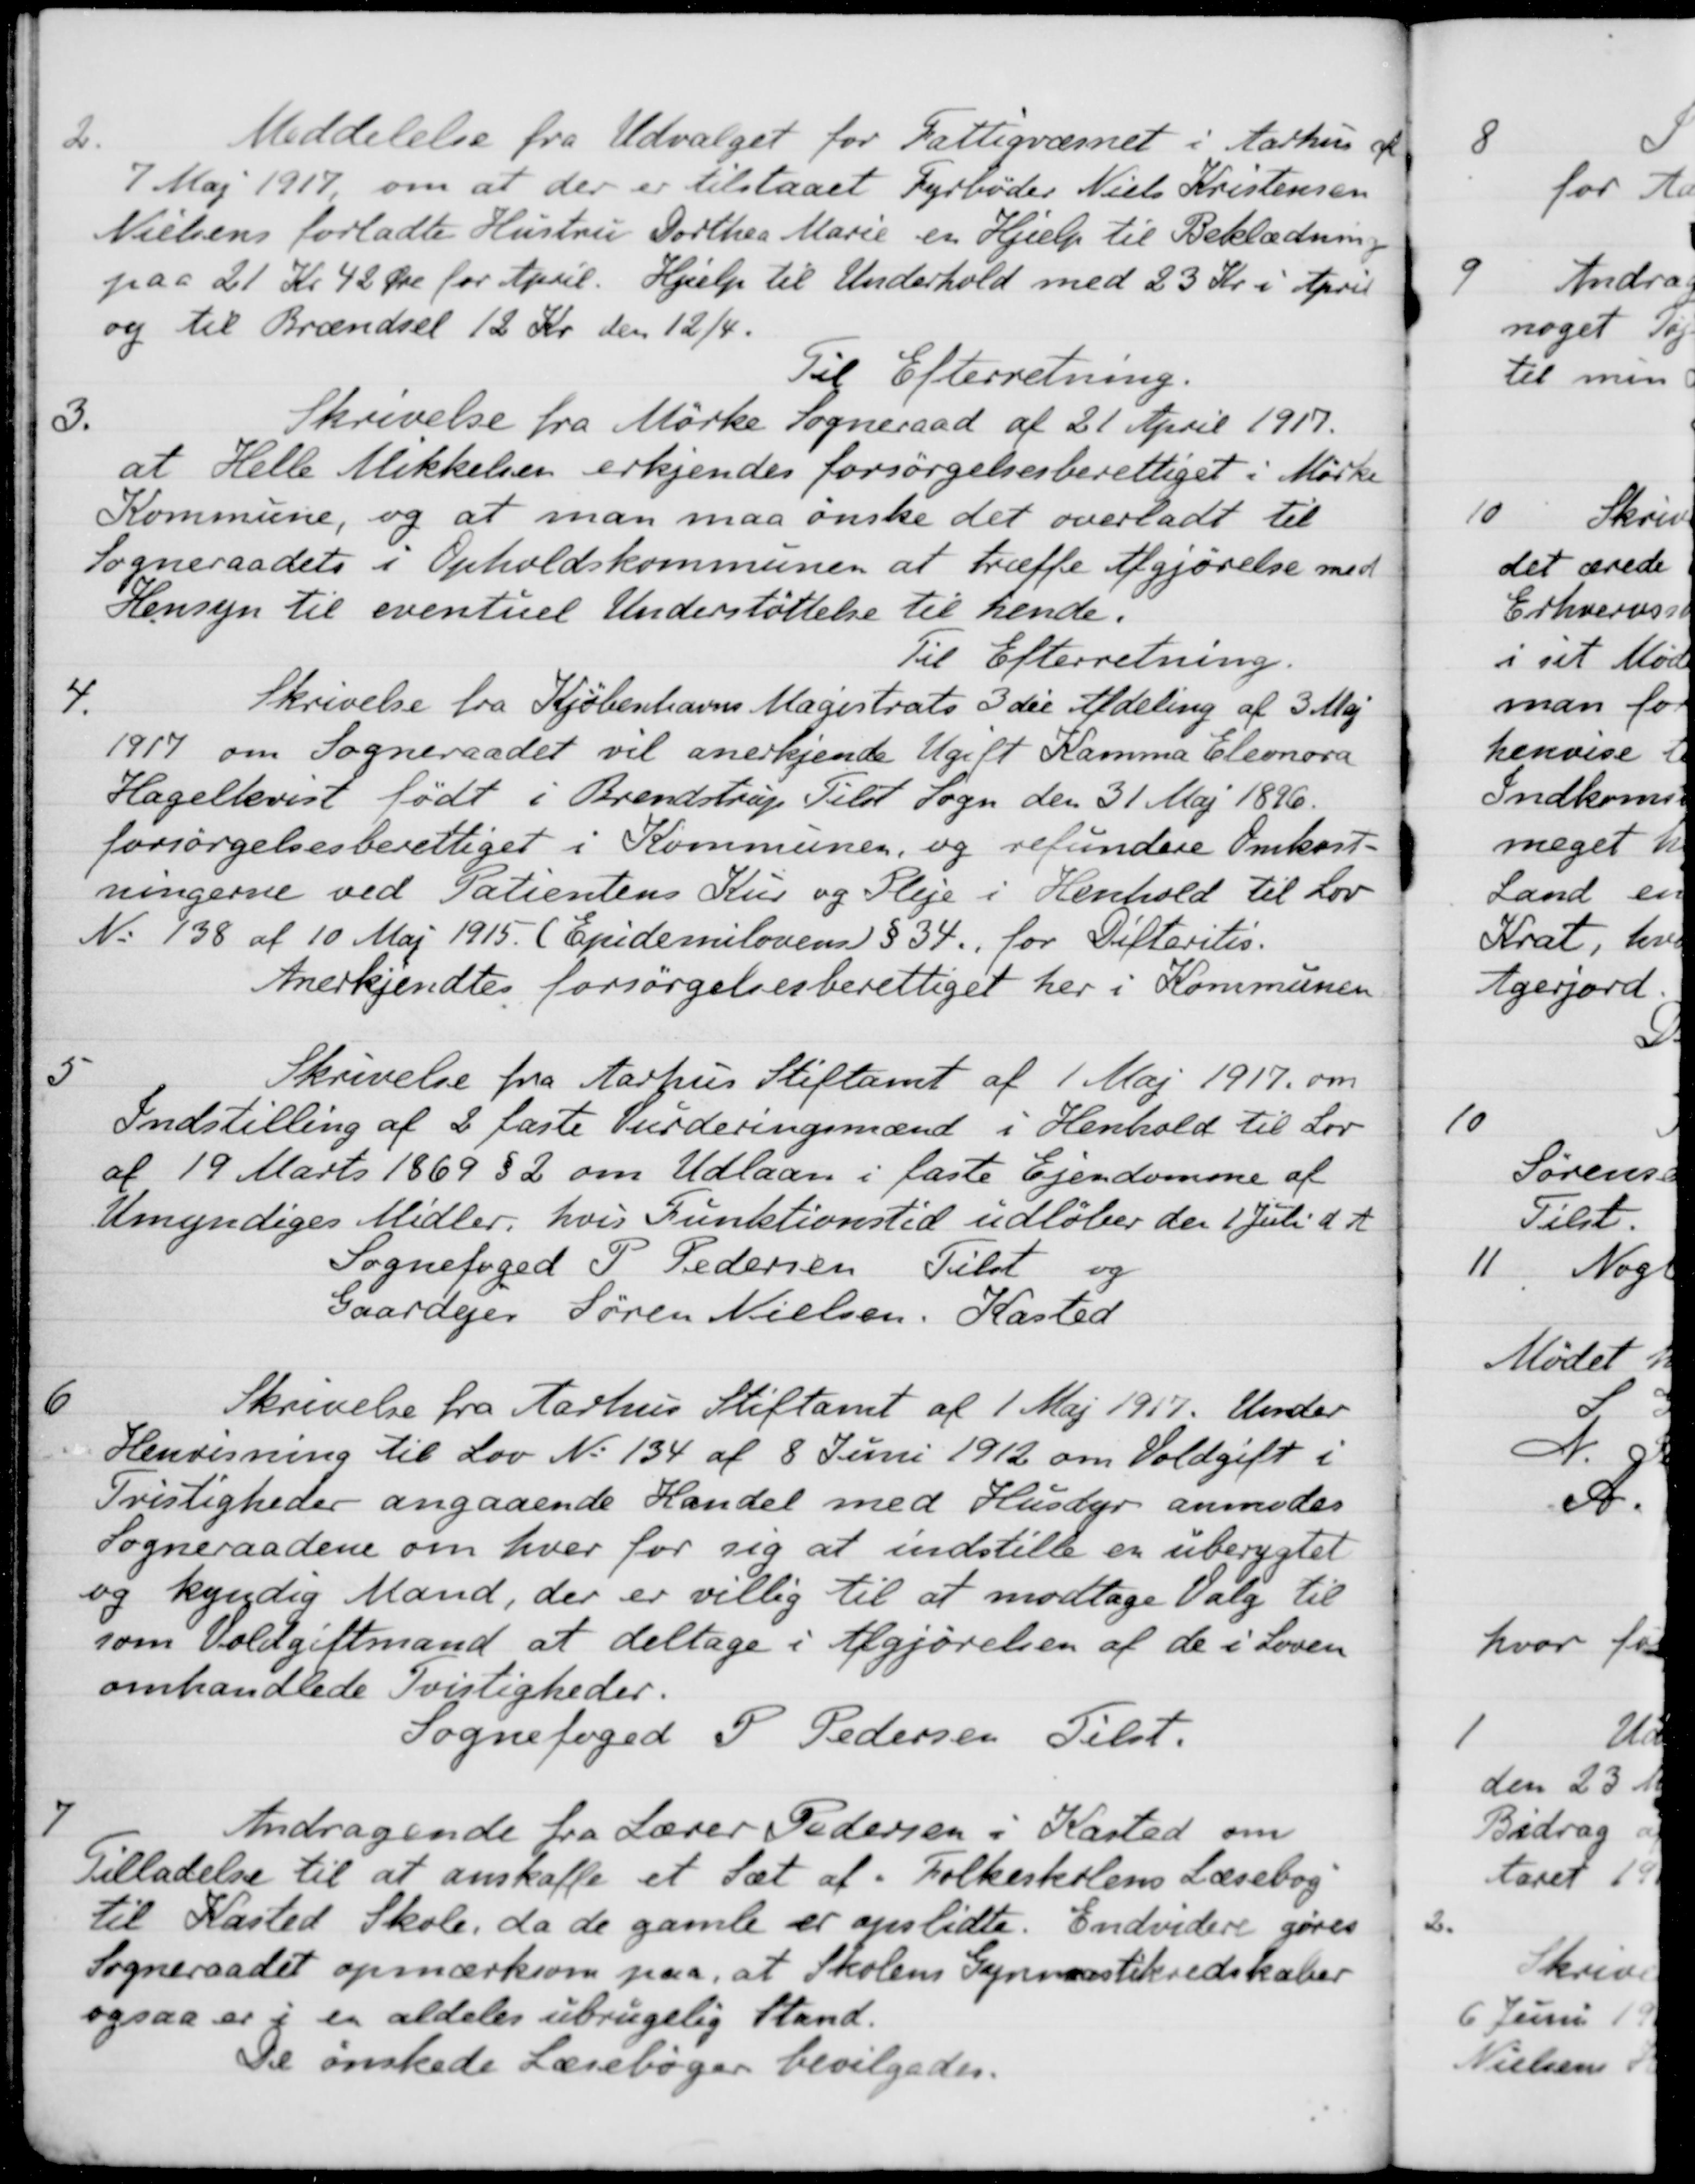
Transskription:
2.
Meddelelse fra Udvalget for Fattigvæsnet i Aarhus af
7 Maj 1917 om at der er tilstaaet Fyrbøder Niels Kristensen
Nielsens forladte Hustru Dorthea Marie en Hjælp til Beklædning
paa 21 Kr 42 Øre for April. Hjælp til Underhold med 23 Kr. i April
og til Brændsel 12 Kr den 12/4.
Til Efterretning.
3.
Skrivelse fra Mørke Sogneraad af 21 April 1917.
at Helle Mikkelsen erkjendes forsørgelsesberettiget i Mørke
Kommune, og at man maa ønske det overladt til 
Sogneraadets i Opholdskommunen at træffe Afgjørelse med
Hensyn til eventuel Understøttelse til hende:
Til Efterretning.
4.
Skrivelse fra Kjøbenhavns Magistrats 3 die Afdeling af 3 Maj
1917 om Sogneraadet vil anerkjende Ugift Kamma Eleonora
Hagelkvist født i Brendstrup Tilst Sogn den 31 Maj 1896.
forsørgelsesberettiget i Kommunen, og refundere Omkost-
ningerne ved Patientens Kur og Pleje i Henhold til Lov
N. 138 af 10 Maj 1915. (Epidemiloven) § 34., for Difteritis.
Anerkjendtes forsørgelsesberettiget her i Kommunen
5
Skrivelse fra Aarhus Stiftamt af 1 Maj 1917 om
Indstilling af 2 faste Vurderingsmænd i Henhold til Lov
af 19 Marts 1869 § 2 om Udlaan i faste Ejendomme af
Umyndiges Midler, hvis Funktionstid udløber den 1 Juli d. A
Sognefoged P. Pedersen Tilst og
Gaardejer Søren Nielsen, Kasted
6
Skrivelse fra Aarhus Stiftamt af 1 Maj 1917. Under
Henvisning til Lov No. 134 af 8 Juni 1912 om Voldgift i
Tvistigheder angaaende Handel med Husdyr anmodes
Sogneraadene om hver for sig at indstille en uberygtet
og kyndig Mand, der er villig til at modtage Valg til
som Voldgiftmand at deltage i Afgjørelsen af de i Loven
omhandlede Tvistigheder.
Sognefoged P. Pedersen Tilst.
7
Andragende fra Lærer Pedersen i Kasted om
Tilladelse til at anskaffe et Sæt af Folkeskolens Læsebog
til Kasted Skole, da de gamle er opslidte. Endvidere gøres
Sogneraadet opmærksom paa, at Skolens Gymnastikredskaber
ogsaa er i en aldeles ubrugelig Stand.
De ønskede Læsebøger bevilgedes.